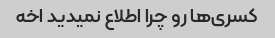
کسری‌ها رو چرا اطلاع نمیدید اخه